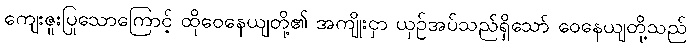
ကျေးဇူးပြုသောကြောင့် ထိုဝေနေယျတို့၏ အကျိုးငှာ ယှဉ်အပ်သည်ရှိသော် ဝေနေယျတို့သည်